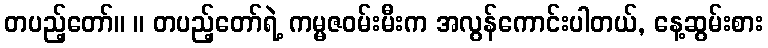
တပည့်တော်။ ။ တပည့်တော်ရဲ့ ကမ္မဇဝမ်းမီးက အလွန်ကောင်းပါတယ်, နေ့ဆွမ်းစား